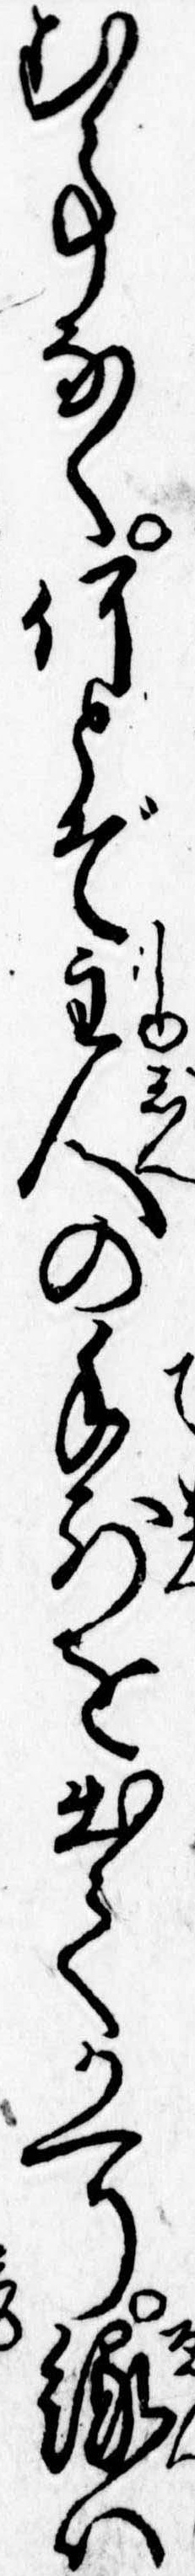
む事なく何とぞ主人の手前を出てかへり縁は